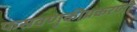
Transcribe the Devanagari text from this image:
फसवणुकीप्रकरणी